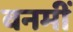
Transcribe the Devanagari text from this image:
वनमीं